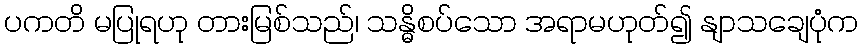
ပကတိ မပြုရဟု တားမြစ်သည်၊ သန္ဓိစပ်သော အရာမဟုတ်၍ နျာသချေပုံက